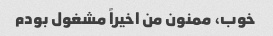
خوب، ممنون من اخیراً مشغول بودم